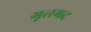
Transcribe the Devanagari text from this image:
गृत्स्मद